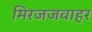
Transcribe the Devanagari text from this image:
मिरजजवाहर